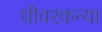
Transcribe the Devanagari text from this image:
धीवरकन्या